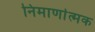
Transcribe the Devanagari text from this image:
निमार्णात्मक